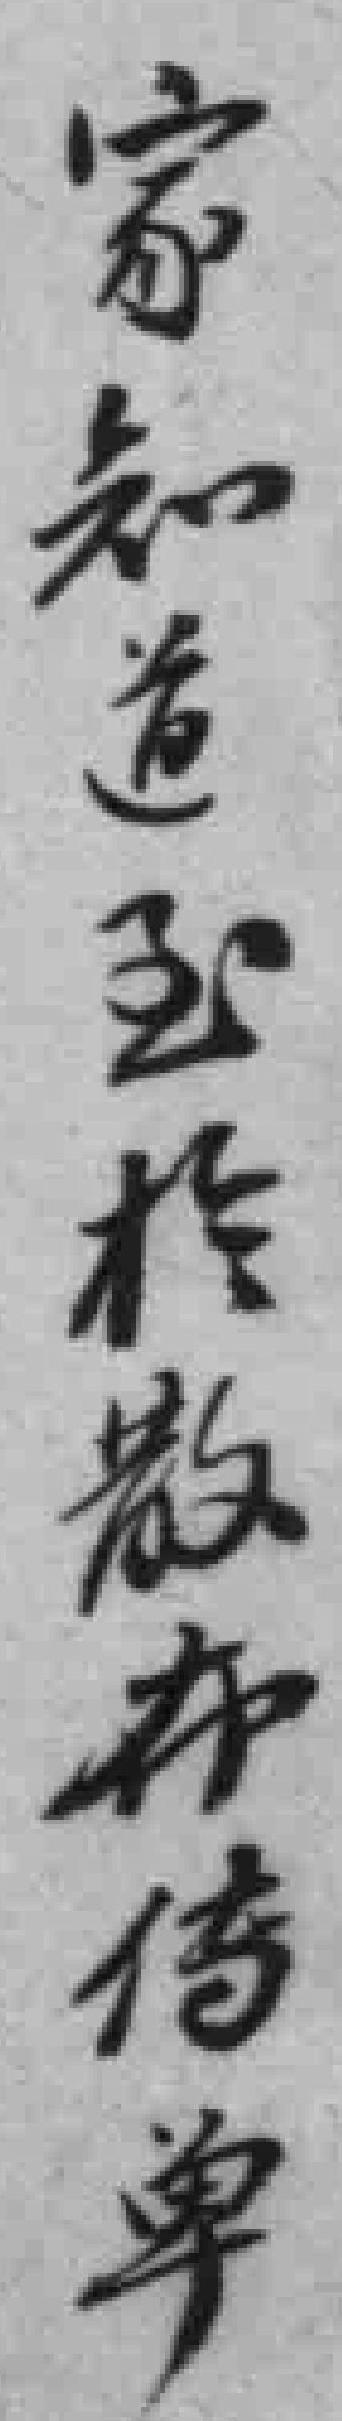
家知道至於散布传单